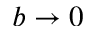
b \to 0